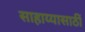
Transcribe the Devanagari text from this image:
साहाय्यासाठीं